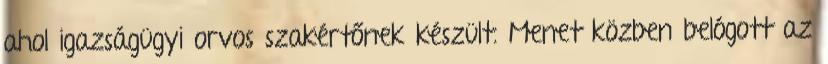
ahol igazságügyi orvos szakértőnek készült. Menet közben belógott az